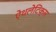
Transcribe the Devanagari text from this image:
ऐथलेटिक्स